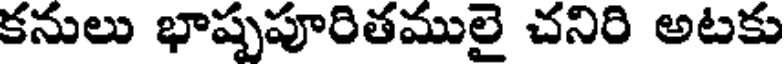
కనులు భాష్పపూరితములై చనిరి అటకు